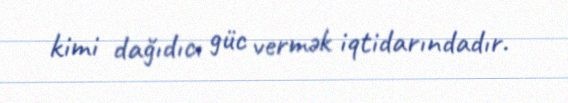
kimi dağıdıcı güc vermək iqtidarındadır.